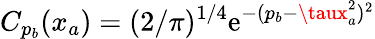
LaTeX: C_{p_{b}}(x_{a})=(2/\pi)^{1/4}\mathrm{e}^{-(p_{b}-\taux_{a}^{2})^{2}}